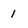
Character: 1